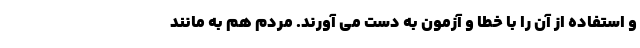
و استفاده از آن را با خطا و آزمون به دست می آورند. مردم هم به مانند